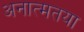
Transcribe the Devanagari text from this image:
अनात्मतया